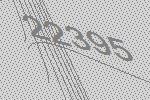
22395